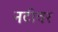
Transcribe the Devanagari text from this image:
नटीवर